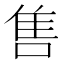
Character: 售